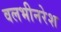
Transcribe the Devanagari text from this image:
वलभीनरेश